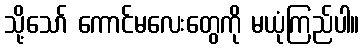
သို့သော် ကောင်မလေးတွေကို မယုံကြည်ပါ။